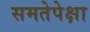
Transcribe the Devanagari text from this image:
समतेपेक्षा